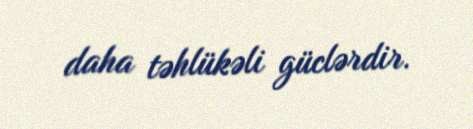
daha təhlükəli güclərdir.